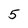
Character: 5